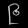
Digit: ၉